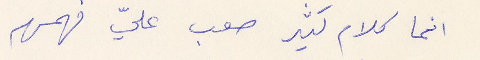
انما كلام كثير صعب عليّ فهمه